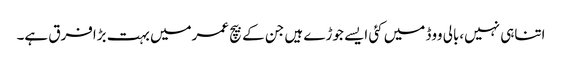
اتناہی نہیں،بالی ووڈ میں کئی ایسے جوڑے ہیں جن کے بیچ عمرمیں بہت بڑافرق ہے۔